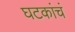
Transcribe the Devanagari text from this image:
घटकांचं